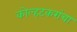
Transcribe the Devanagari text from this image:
कोल्हटकरांचा